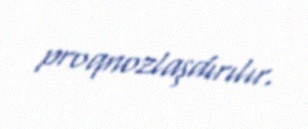
proqnozlaşdırılır.